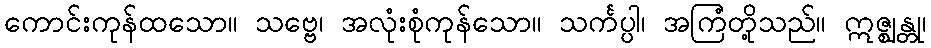
ကောင်းကုန်ထသော။ သဗ္ဗေ၊ အလုံးစုံကုန်သော။ သင်္ကပ္ပါ၊ အကြံတို့သည်။ ဣဇ္ဈန္တု၊